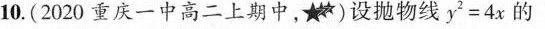
10.(2020重庆一中高二上期中，★*)设抛物线y^{2}=4x的